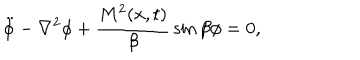
\ddot { \phi } - \nabla ^ { 2 } \phi + { \frac { M ^ { 2 } ( x , t ) } { \beta } } \sin \beta \phi = 0 ,